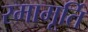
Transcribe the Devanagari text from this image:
रमामूर्ति